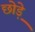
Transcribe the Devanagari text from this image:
छोड़े़